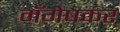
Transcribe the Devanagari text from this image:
मँगेषकर